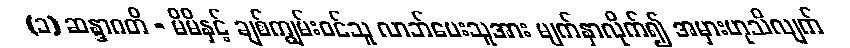
(၁) ဆန္ဒာဂတိ - မိမိနှင့် ချစ်ကျွမ်းဝင်သူ လာဘ်ပေးသူအား မျက်နှာလိုက်၍ အမှားဟုသိလျက်